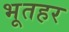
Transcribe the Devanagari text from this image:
भूतहर